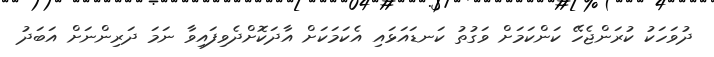
ދުވަހަކު ކުރަންޖެހޭ ކަންކަމަށް ވަގުތު ކަނޑައަޅައި އެކަމަކަށް އާދަކޮށްދެވިފައިވާ ނަމަ ދަރިންނަށް އަބަދު